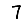
Digit: 7